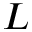
L